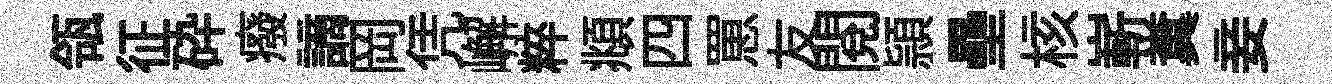
瓴征砕癈謫岡凭嶰粹頫四罳友閱頴壘核嶄糞妾